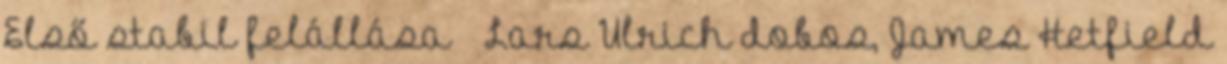
Első stabil felállása – Lars Ulrich dobos, James Hetfield